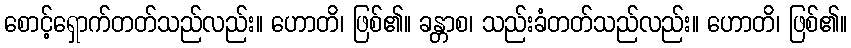
စောင့်ရှောက်တတ်သည်လည်း။ ဟောတိ၊ ဖြစ်၏။ ခန္တာစ၊ သည်းခံတတ်သည်လည်း။ ဟောတိ၊ ဖြစ်၏။